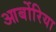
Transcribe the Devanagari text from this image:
आर्बोरिया